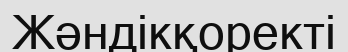
Жәндікқоректі